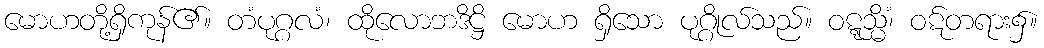
မောဟတို့ရှိကုန်၏။ တံပုဂ္ဂလံ၊ ထိုလောဘဒိဋ္ဌိ မောဟ ရှိသော ပုဂ္ဂိုလ်သည်။ ဝဋ္ဋသ္မိံ၊ ဝဋ်တရား၌။